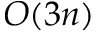
O ( 3 n )